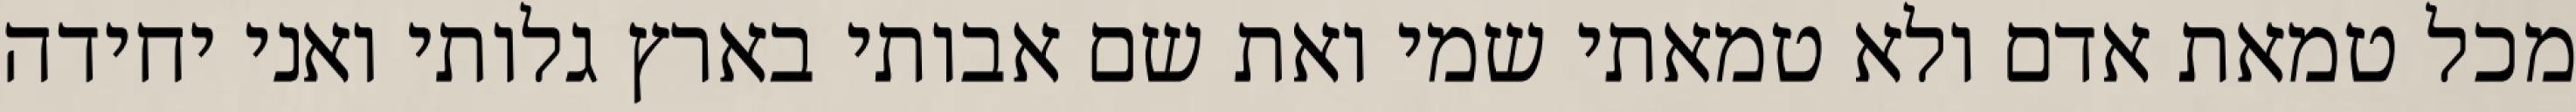
מכל טמאת אדם ולא טמאתי שמי ואת שם אבותי בארץ גלותי ואני יחידה